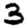
Digit: 3